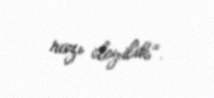
razı deyilik”.